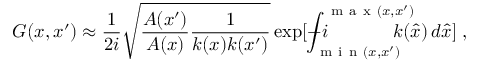
G ( x , x ^ { \prime } ) \approx \frac { 1 } { 2 i } \sqrt { \frac { A ( x ^ { \prime } ) } { A ( x ) } \frac { 1 } { { k ( x ) k ( x ^ { \prime } ) } } } \exp [ - i \! \! \! \! \! \! \! \! \int _ { \mathrm { ~ m ~ i ~ n ~ } ( x , x ^ { \prime } ) } ^ { \mathrm { ~ m ~ a ~ x ~ } ( x , x ^ { \prime } ) } \! \! \! \! \! \! \! \! k ( \hat { x } ) \, d \hat { x } ] \; ,